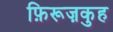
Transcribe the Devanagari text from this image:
फ़िरूज़कुह